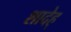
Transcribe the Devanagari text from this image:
शादेह्